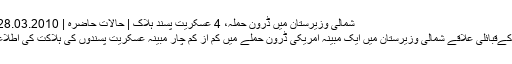
شمالی وزیرستان میں ڈرون حملہ، 4 عسکریت پسند ہلاک | حالات حاضرہ | DW | 28.03.2010
پاکستان کےقبائلی علاقے شمالی وزیرستان میں ایک مبینہ امریکی ڈرون حملے میں کم از کم چار مبینہ عسکریت پسندوں کی ہلاکت کی اطلاعات ہیں۔